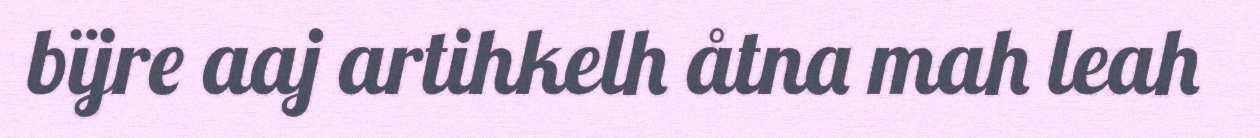
bïjre aaj artihkelh åtna mah leah